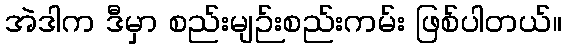
အဲဒါက ဒီမှာ စည်းမျဉ်းစည်းကမ်း ဖြစ်ပါတယ်။